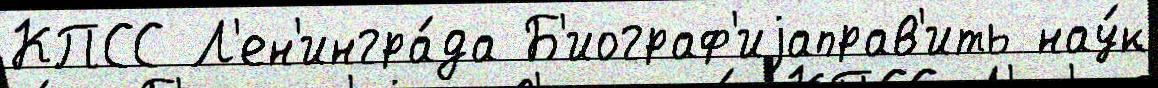
КПСС Л'ен'ингра́да Б'иограф'иjаправ'ить нау́к